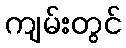
ကျမ်းတွင်